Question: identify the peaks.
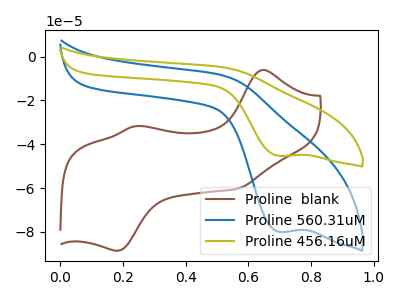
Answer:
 <answer>The brown curve "Proline  blank" has anodic peaks at (0.65V, -6.15uA) (0.25V, -31.75uA) and cathodic peaks at (0.55V, -60.40uA) (0.20V, -88.60uA). The blue curve "Proline 560.31uM" has a cathodic peak at: (0.70V, -80.00uA). The olive curve "Proline 456.16uM" has a cathodic peak at: (0.70V, -45.35uA).</answer>
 <eval></eval>